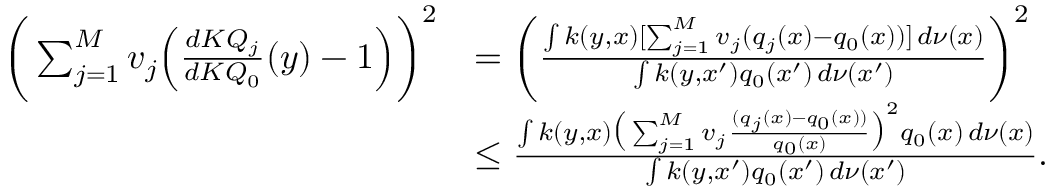
\begin{array} { r l } { \bigg ( \sum _ { j = 1 } ^ { M } v _ { j } \Big ( \frac { d K Q _ { j } } { d K Q _ { 0 } } ( y ) - 1 \Big ) \bigg ) ^ { 2 } } & { = \bigg ( \frac { \int k ( y , x ) [ \sum _ { j = 1 } ^ { M } v _ { j } ( q _ { j } ( x ) - q _ { 0 } ( x ) ) ] \, d \nu ( x ) } { \int k ( y , x ^ { \prime } ) q _ { 0 } ( x ^ { \prime } ) \, d \nu ( x ^ { \prime } ) } \bigg ) ^ { 2 } } \\ & { \leq \frac { \int k ( y , x ) \big ( \sum _ { j = 1 } ^ { M } v _ { j } \frac { ( q _ { j } ( x ) - q _ { 0 } ( x ) ) } { q _ { 0 } ( x ) } \big ) ^ { 2 } q _ { 0 } ( x ) \, d \nu ( x ) } { \int k ( y , x ^ { \prime } ) q _ { 0 } ( x ^ { \prime } ) \, d \nu ( x ^ { \prime } ) } . } \end{array}